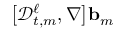
\big [ \mathscr { D } _ { t , m } ^ { \ell } , \nabla \bigr ] \ensuremath { \mathbf { b } } _ { m }